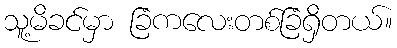
သူ့မိခင်မှာ ခြံကလေးတစ်ခြံရှိတယ်။